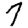
Digit: 7